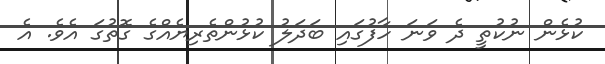
ކުޅެން ނުކުތީ ދެ ވަނަ ހާފުގައި ބަދަލު ކުޅުންތެރިޔެއްގެ ގޮތުގަ އެވެ. އެ